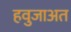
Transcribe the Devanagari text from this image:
हवुजाअत